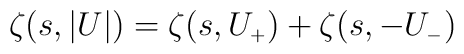
\zeta (s, \vert U \vert) = \zeta (s, U_{\scriptscriptstyle +}) +\zeta (s, -U_{\scriptscriptstyle -})